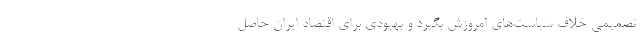
تصمیمی خلاف سیاست‌های امروزش بگیرد و بهبودی برای اقتصاد ایران حاصل